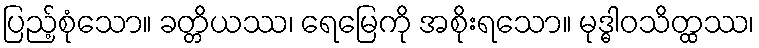
ပြည့်စုံသော။ ခတ္တိယဿ၊ ရေမြေကို အစိုးရသော။ မုဒ္ဓါဝသိတ္ထဿ၊